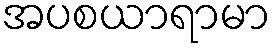
အပစယာရာမာ